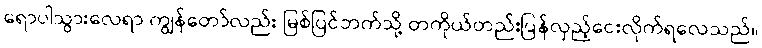
ရောပါသွားလေရာ ကျွန်တော်လည်း မြစ်ပြင်ဘက်သို့ တကိုယ်တည်းပြန်လှည့်ငေးလိုက်ရလေသည်။